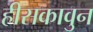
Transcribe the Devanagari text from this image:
हीसकावुन